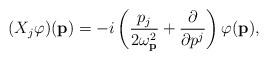
LaTeX: \begin{align*}(X_{j} \varphi)(\mathbf{p})=-i \left( \frac{p_j}{2\omega_{\mathbf{p}}^2}+ \frac{\partial}{\partial p^j } \right)\varphi(\mathbf{p}),\end{align*}